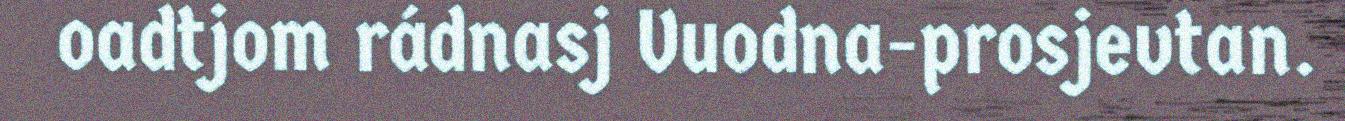
oadtjom rádnasj Vuodna-prosjevtan.